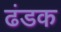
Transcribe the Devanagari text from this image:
ढंडक